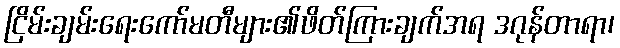
ငြိမ်းချမ်းရေးကော်မတီများ၏ဖိတ်ကြားချက်အရ ဒဂုန်တာရာ၊